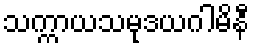
သက္ကာယသမုဒယဂါမိနီ